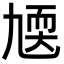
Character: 㐡